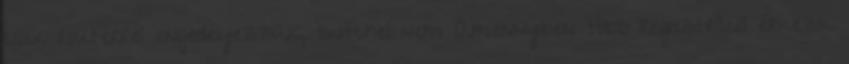
csak routerrel engedélyezzük, switchel nem Amennyiben több regisztráció érkezik